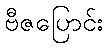
ဗီဇပြောင်း